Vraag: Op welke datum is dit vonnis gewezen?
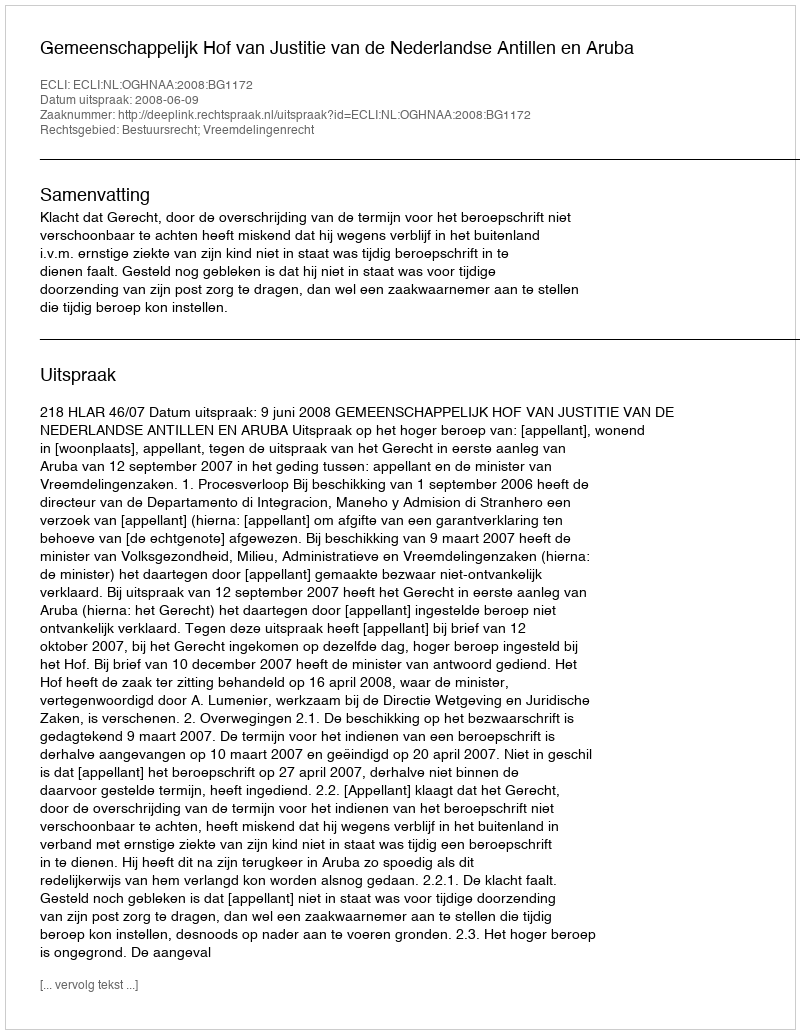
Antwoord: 2008-06-09